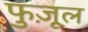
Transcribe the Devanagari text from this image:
फुज़ूल